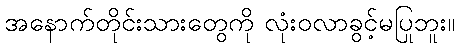
အနောက်တိုင်းသားတွေကို လုံးဝလာခွင့်မပြုဘူး။